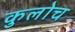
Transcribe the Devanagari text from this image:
कुलोच